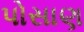
પોસાણ